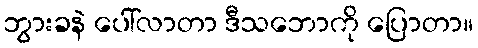
ဘွားခနဲ ပေါ်လာတာ ဒီသဘောကို ပြောတာ။